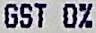
GST 0%